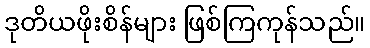
ဒုတိယဖိုးစိန်များ ဖြစ်ကြကုန်သည်။